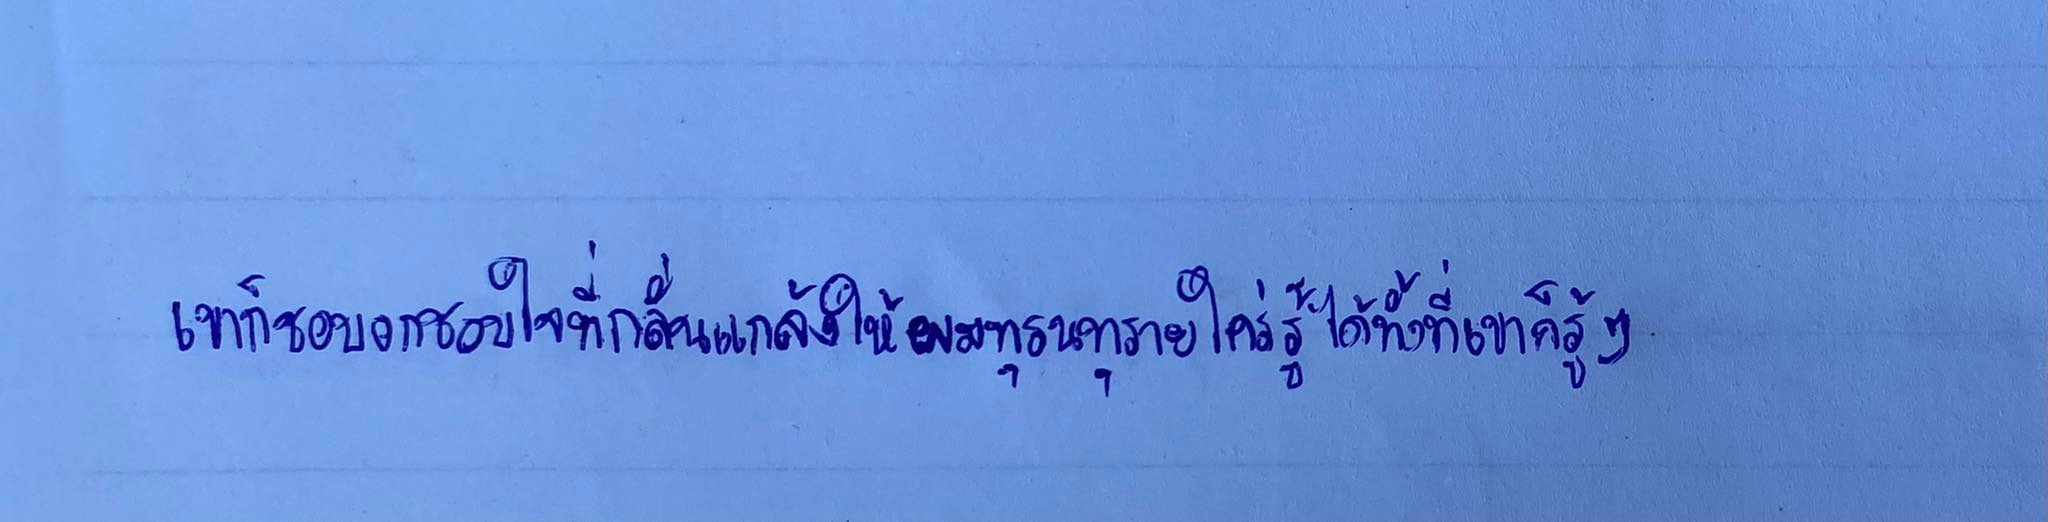
เขาก็ชอบอกชอบใจที่กลั่นแกล้งให้ผมทุรนทุรายใคร่รู้ได้ทั้งที่เขาก็รู้ๆ